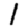
Digit: 1